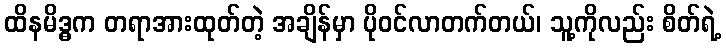
ထိနမိဒ္ဓက တရာအားထုတ်တဲ့ အချိန်မှာ ပိုဝင်လာတက်တယ်၊ သူ့ကိုလည်း စိတ်ရဲ့